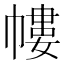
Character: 㡞